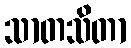
သာတသိတာ